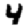
Digit: 4